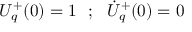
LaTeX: { \cal { U } } _ { q } ^ { + } ( 0 ) = 1 ~ ~ ; ~ ~ \dot { \cal { U } } _ { q } ^ { + } ( 0 ) = 0